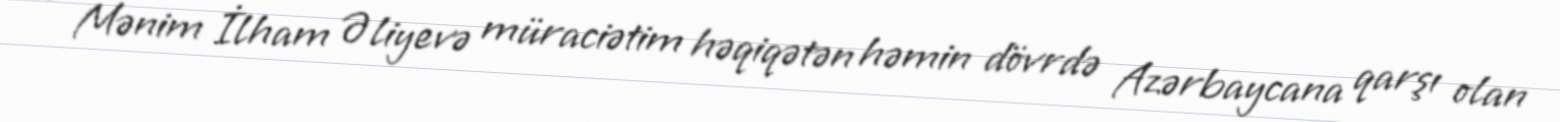
- Mənim İlham Əliyevə müraciətim həqiqətən həmin dövrdə Azərbaycana qarşı olan